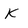
Character: k